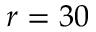
r = 3 0